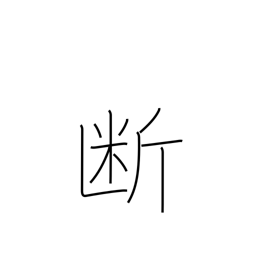
Meaning: severance